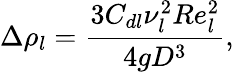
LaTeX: \Delta\rho_{l}=\frac{3C_{dl}\nu_{l}^{2}Re_{l}^{2}}{4gD^{3}},